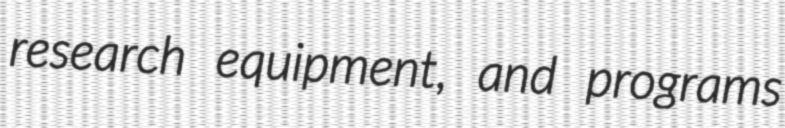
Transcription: research equipment, and programs